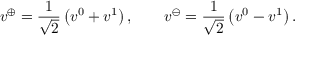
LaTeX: v ^ { \oplus } = \frac { 1 } { \sqrt { 2 } } \left( v ^ { 0 } + v ^ { 1 } \right) , \qquad v ^ { \ominus } = \frac { 1 } { \sqrt { 2 } } \left( v ^ { 0 } - v ^ { 1 } \right) .